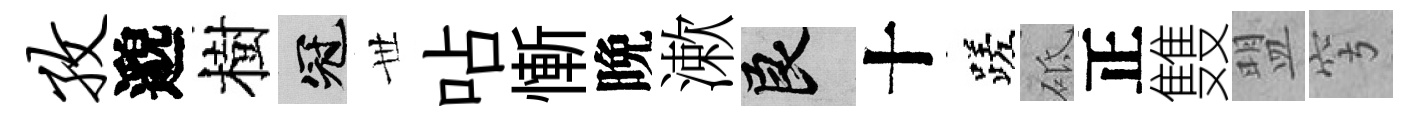
孜邈樹冠𠀍呫慚晩漱良十蹉砥正䨇盟穹